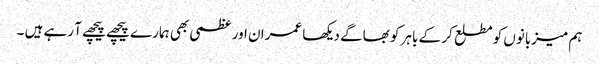
ہم میزبانوں کو مطلع کر کے باہر کو بھاگے دیکھا عمران اور عظمی بھی ہمارے پیچھے پیچھے آ رہے ہیں ۔